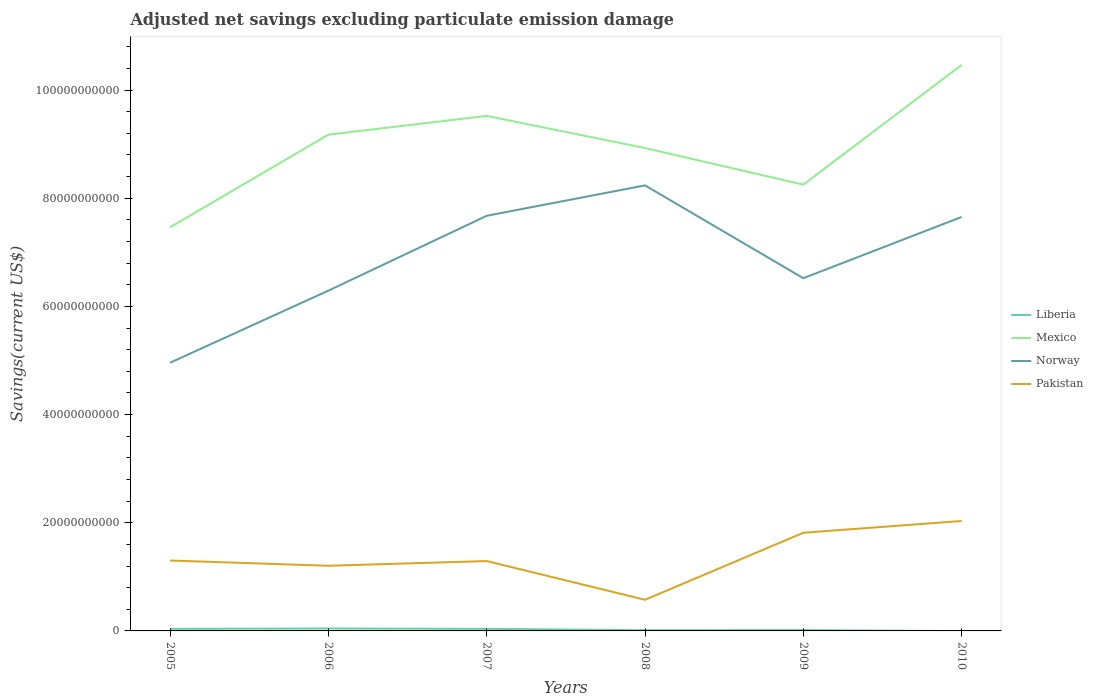
| Years | Liberia | Mexico | Norway | Pakistan |
 | --- | --- | --- | --- | --- |
 | 2005 | 3.83e+08 | 7.46e+10 | 4.96e+10 | 1.3e+10 |
 | 2006 | 4.46e+08 | 9.18e+10 | 6.29e+10 | 1.2e+10 |
 | 2007 | 3.82e+08 | 9.52e+10 | 7.67e+10 | 1.29e+10 |
 | 2008 | 1.32e+08 | 8.93e+10 | 8.24e+10 | 5.76e+09 |
 | 2009 | 1.63e+08 | 8.25e+10 | 6.52e+10 | 1.82e+10 |
 | 2010 | -4.44e+07 | 1.05e+11 | 7.65e+10 | 2.03e+10 |